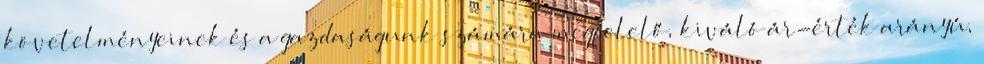
követelményeinek és a gazdaságunk számára megfelelő, kiváló ár-érték arányú,